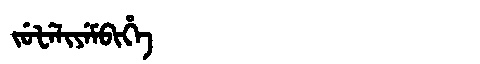
Manchu: ᠵᡠᡶᡝᠯᡳᠶᡝᠮᠪᡳᡥᡝ
Romanization: JUFELIYEMBIHE